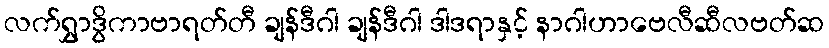
လက်ရွှာဒွိကာဗာရတ်တီ ချန်ဒီဂါ ချန်ဒီဂါ ဒါဒရာနှင့် နာဂါဟာဗေလီဆီလဗတ်ဆ